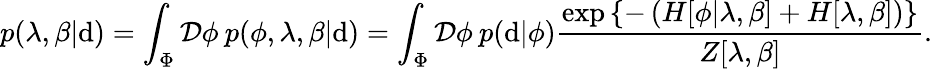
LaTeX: p(\lambda,\beta|\mathrm{d})=\int_{\Phi}\mathcal{{D}}\phi\: p(\phi,\lambda,\beta|\mathrm{d})=\int_{\Phi}\mathcal{{D}}\phi\: p(\mathrm{d}|\phi)\frac{{\exp\left\{ -\left(H[\phi|\lambda,\beta]+H[\lambda,\beta]\right)\right\} }}{{Z[\lambda,\beta]}}.